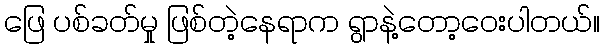
ဖြေ ပစ်ခတ်မှု ဖြစ်တဲ့နေရာက ရွာနဲ့တော့ဝေးပါတယ်။